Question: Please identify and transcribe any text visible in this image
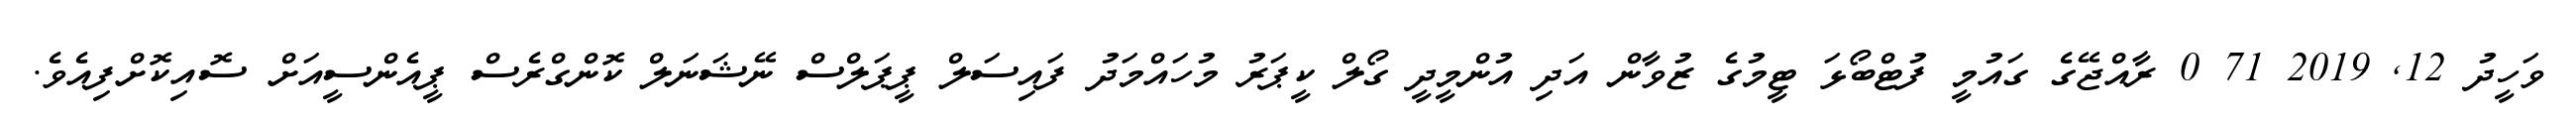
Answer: ވަހީދު 12, 2019 71 0 ރާއްޖޭގެ ގައުމީ ފުޓްބޯޅަ ޓީމުގެ ޒުވާން އަދި އުންމީދީ ގޯލް ކީޕަރު މުހައްމަދު ފައިސަލް ޕީޕަލްސް ނޭޝަނަލް ކޮންގްރެސް ޕީއެންސީއަށް ސޮއިކޮށްފިއެވެ.